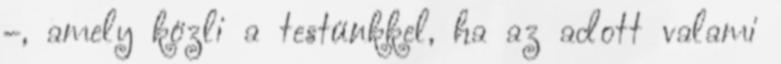
–, amely közli a testünkkel, ha az adott valami